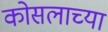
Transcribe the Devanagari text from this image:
कोसलाच्या